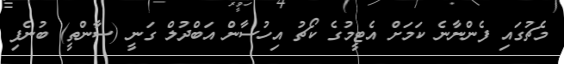
މެޗުގައި ފެންނާނެ ކަމަށް އެޓީމުގެ ކޯޗު އިހުސާން އަބްދުލް ގަނީ (ސާންތީ) ބުނެފި